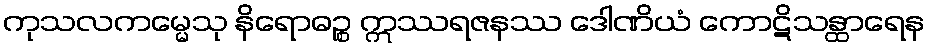
ကုသလကမ္မေသု နိရောဓဉ္စ ဣဿရဇနဿ ဒေါဏိယံ ကောဋိသန္ထာရေန